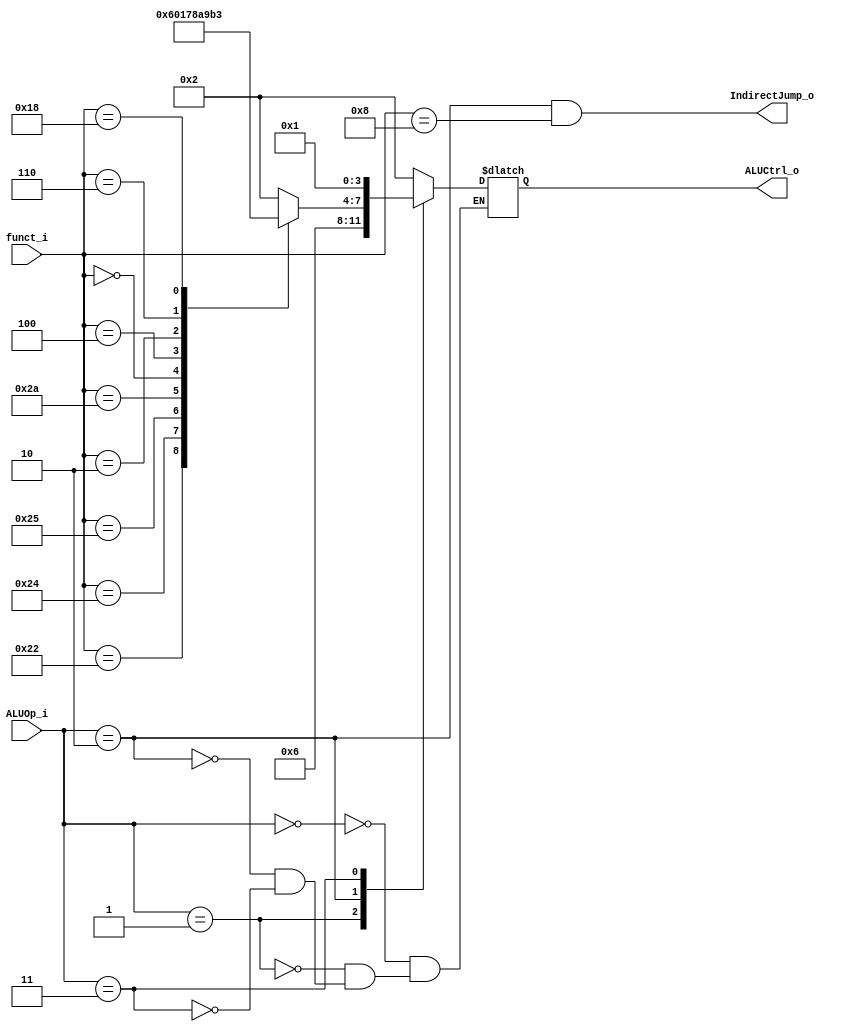
//Subject:     CO project 2 - ALU Controller
//--------------------------------------------------------------------------------
//Version:     1
//--------------------------------------------------------------------------------
//Writer:      
//----------------------------------------------
//Date:        
//----------------------------------------------
//Description: 
//--------------------------------------------------------------------------------

module ALU_Ctrl(
          funct_i,
          ALUOp_i,
          ALUCtrl_o,
          IndirectJump_o
          );
          
//I/O ports 
input      [6-1:0] funct_i;
input      [3-1:0] ALUOp_i;

output     [4-1:0] ALUCtrl_o;    
output     IndirectJump_o;
     
//Internal Signals
reg        [4-1:0] ALUCtrl_o;

//Parameter
parameter [6-1:0] FUNC_ADD = 6'b100000;
parameter [6-1:0] FUNC_SUB = 6'b100010;
parameter [6-1:0] FUNC_AND = 6'b100100;
parameter [6-1:0] FUNC_OR  = 6'b100101;
parameter [6-1:0] FUNC_SLT = 6'b101010;
parameter [6-1:0] FUNC_SLLV= 6'b000100;
parameter [6-1:0] FUNC_SLL = 6'b000000;
parameter [6-1:0] FUNC_SRLV= 6'b000110;
parameter [6-1:0] FUNC_SRL = 6'b000010;
parameter [6-1:0] FUNC_MUL = 6'b011000;
parameter [6-1:0] FUNC_JR  = 6'b001000;

// ALU Operation parameter
// unused: 0100, 0101, 1101, 1110, 1111
parameter [3:0] ALU_AND  = 4'b0000;
parameter [3:0] ALU_OR   = 4'b0001;
parameter [3:0] ALU_ADD  = 4'b0010;
parameter [3:0] ALU_MUL  = 4'b0011;
parameter [3:0] ALU_SUB  = 4'b0110;
parameter [3:0] ALU_SLT  = 4'b0111;
parameter [3:0] ALU_SLL  = 4'b1000;
parameter [3:0] ALU_SLLV = 4'b1010;
parameter [3:0] ALU_SRL  = 4'b1001;
parameter [3:0] ALU_SRLV = 4'b1011;
parameter [3:0] ALU_XOR  = 4'b1100;
       
//Select exact operation
always @ (*) begin
    case (ALUOp_i)
        3'b000: ALUCtrl_o <= 4'b0010; // add (for addi)
        3'b001: ALUCtrl_o <= 4'b0110; // sub (for beq)
        3'b010: case(funct_i) // R-type instruction
            FUNC_ADD : ALUCtrl_o <= ALU_ADD;
            FUNC_SUB : ALUCtrl_o <= ALU_SUB;
            FUNC_AND : ALUCtrl_o <= ALU_AND;
            FUNC_OR  : ALUCtrl_o <= ALU_OR;
            FUNC_SLT : ALUCtrl_o <= ALU_SLT;
            FUNC_SLL : ALUCtrl_o <= ALU_SLL;
            FUNC_SLLV: ALUCtrl_o <= ALU_SLLV;
            FUNC_SRL : ALUCtrl_o <= ALU_SRL;
            FUNC_SRLV: ALUCtrl_o <= ALU_SRLV;
            FUNC_MUL : ALUCtrl_o <= ALU_MUL;
            FUNC_JR  : ALUCtrl_o <= ALU_ADD; // Add 0
            default:   ALUCtrl_o <= 4'bxxxx;
        endcase
        3'b011: ALUCtrl_o <= 4'b0001; // or (for ori)
    endcase
end

assign IndirectJump_o = (ALUOp_i == 3'b010) & (funct_i == FUNC_JR);

endmodule